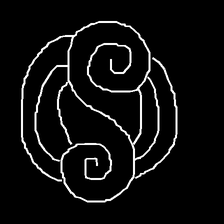
Glyph: wind-underfoot